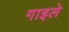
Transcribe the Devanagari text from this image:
गाइले